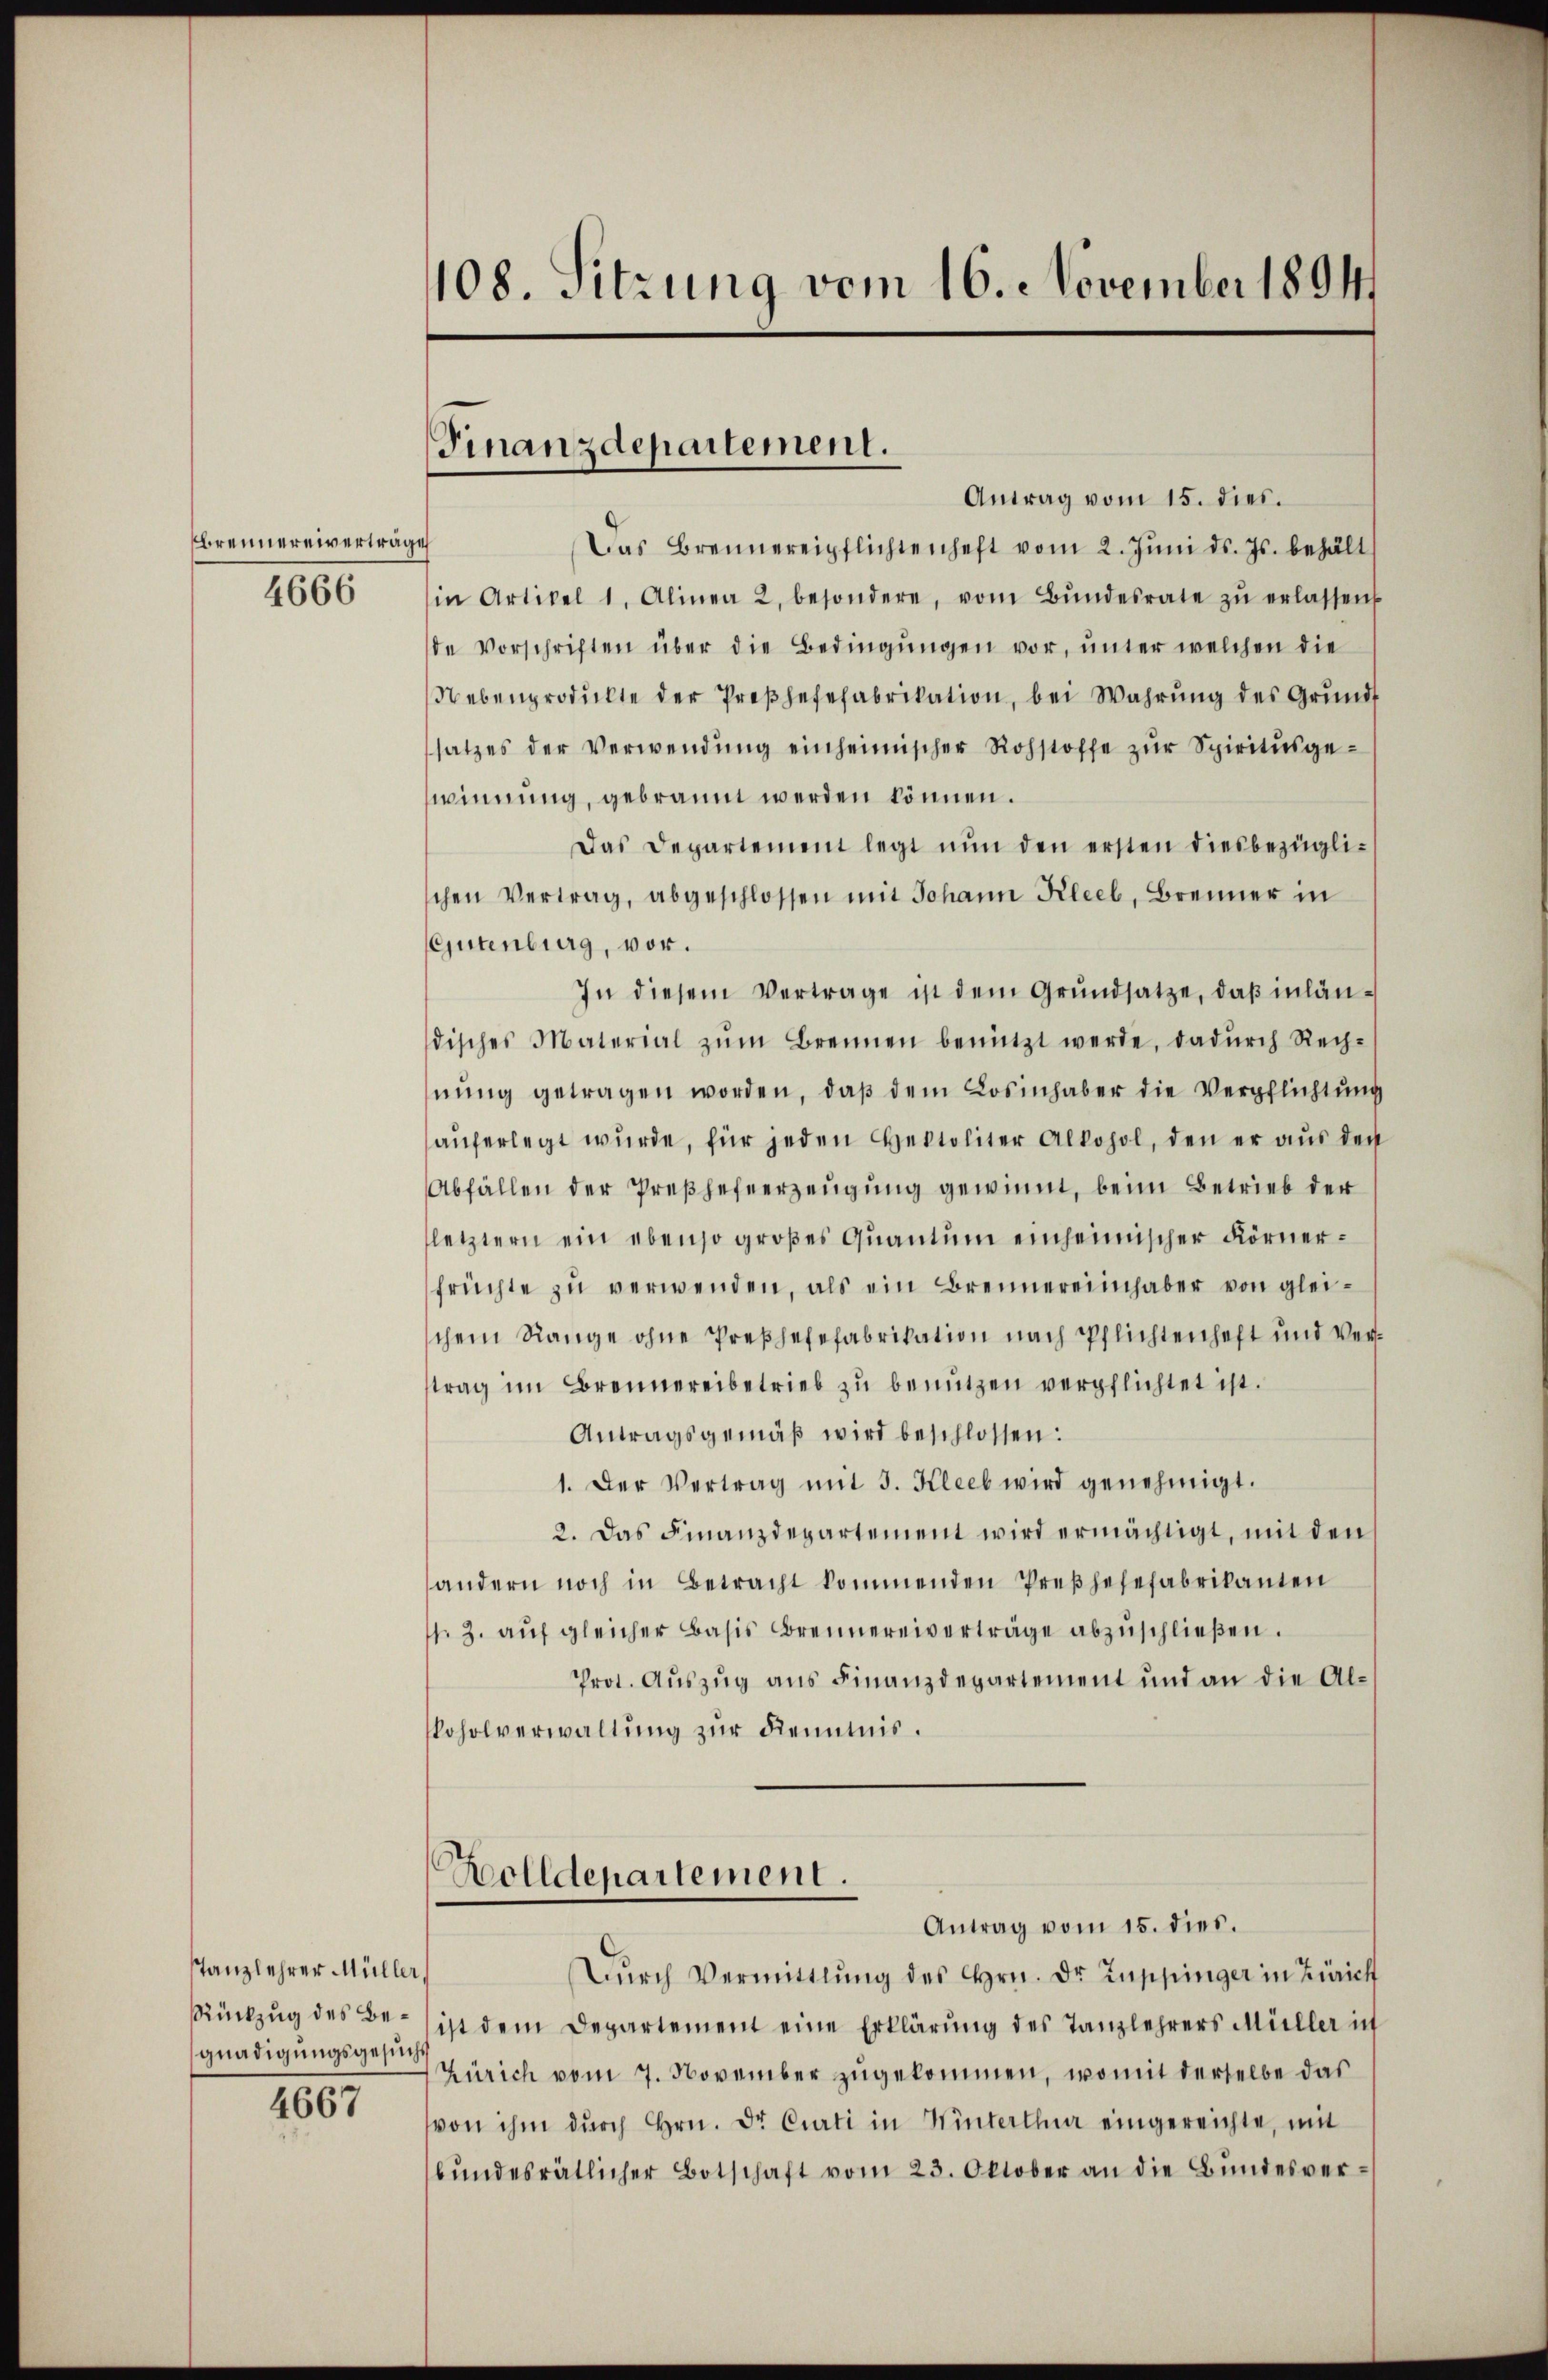
Brennereivertrage
4666

Tanzlehrer Müller,
gnadigungsgesuchs

4667

108. Sitzung vom 16. November 1894

Antrag vom 15. dies.
Das Brennereipflichtenhaft vom 2. Jŭni d. Js. behält
in Artikel 1. Alinea 2. besondere, vom Bŭndesrate zŭ erlassen
de Vorschriften über die Bedingŭngen vor, unter welchen die
Nebenprodulte der Preβhefefabrikation, bei Wahrŭng des Grunds
satzes der Verwendŭng einheimischer Rohstoffe zŭr Spiritusgewinnung, gebrannt werden können.
Das Departement legt nŭn den ersten diesbezügli-
schen Vertrag, abgeschlossen mit Johann Kleel, Brenner in
Gutenburg, vor.
In diesem Vertrage ist dem Grŭndsatze, daβ inländisches Material zŭm Brennen benützt werde, dadŭrch Rech-
nŭng getragen worden, daß dem Losinhaber die Verpflichtung
auferlegt wurde, für jeden Hektoliter Alkohol, den er aus der
Abfällen der Preßhefeerzeugung gewinnt, beim Betrieb der
letztern ein ebenso großes Quantum einheimischer Körnerfrüchte zŭ verwenden, als ein Brennereinhaber von gleichem Range ohne Preßhefefabrikation nach Pflichtenhaft und Vertrag im Brennereibetrieb zu benutzen verpflichtet ist.
Antragsgemäß wird beschlossen:
1. Der Vertrag mit 3. Kleeb wird genehmigt.
2. Das Finanzdepartement wird ermächtigt, mit den
andern noch in Betracht kommenden Preßhefefabrikanten
s. Z. aŭf gleicher Basis Brennereiverträge abzŭschlieβen.
Prot. Auszug aus Finanzdepartement und an die Alkoholverwaltung zur Kenntnis.
Zolldepartement.
Antrag vom 15. dies.
Dŭrch Vermittlung des Hrn. Dr. Zuppinger in Zürich
Rückzŭg des Be- ist dem Departement eine Erklärŭng des Tanzlehrers Müller ich
Zürich vom 7. November zugekommen, womit derselbe das
von ihm durch Hrn. Dr Curti in Winterthur eingereichte, mit
bŭndesrätlicher Botschaft vom 23. Oktober an die Bŭndesver-

Finanzdepartement.